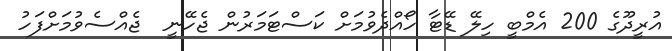
އުރީދޫގެ 200 އެމްބީ ހިލޭ ޑޭޓާ ހޯއްދެވުމަށް ކަސްޓަމަރުން ޖެހޭނީ  ޖެއްސެވުމަށްފަހު